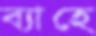
ব্যাহে